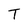
Character: T